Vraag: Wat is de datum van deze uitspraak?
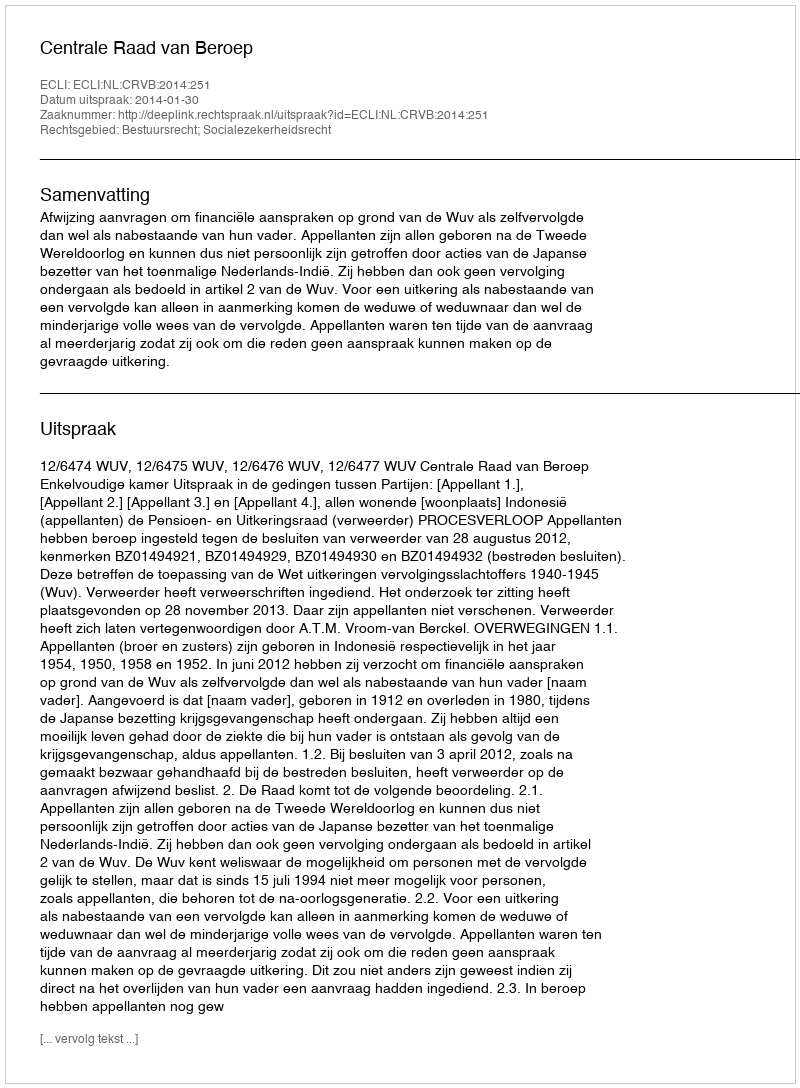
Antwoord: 2014-01-30